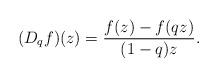
LaTeX: \begin{align*}(D_{q}f)(z)=\frac{f(z)-f(qz) }{(1-q)z}.\end{align*}